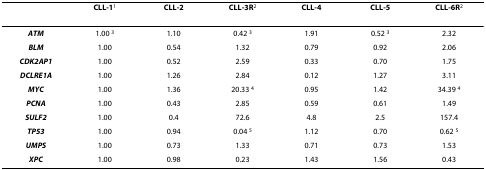
|  | CLL-11 | CLL-2 | CLL-3R2 | CLL-4 | CLL-5 | CLL-6R2 |
 | --- | --- | --- | --- | --- | --- | --- |
 | ATM | 1.00 3 | 1.10 | 0.42 3 | 1.91 | 0.52 3 | 2.32 |
 | BLM | 1.00 | 0.54 | 1.32 | 0.79 | 0.92 | 2.06 |
 | CDK2AP1 | 1.00 | 0.52 | 2.59 | 0.33 | 0.70 | 1.75 |
 | DCLRE1A | 1.00 | 1.26 | 2.84 | 0.12 | 1.27 | 3.11 |
 | MYC | 1.00 | 1.36 | 20.33 4 | 0.95 | 1.42 | 34.39 4 |
 | PCNA | 1.00 | 0.43 | 2.85 | 0.59 | 0.61 | 1.49 |
 | SULF2 | 1.00 | 0.4 | 72.6 | 4.8 | 2.5 | 157.4 |
 | TP53 | 1.00 | 0.94 | 0.04 5 | 1.12 | 0.70 | 0.62 5 |
 | UMPS | 1.00 | 0.73 | 1.33 | 0.71 | 0.73 | 1.53 |
 | XPC | 1.00 | 0.98 | 0.23 | 1.43 | 1.56 | 0.43 |